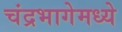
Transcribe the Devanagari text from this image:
चंद्रभागेमध्ये